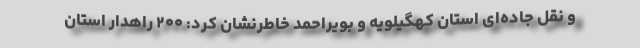
و نقل جاده‌ای استان کهگیلویه و بویراحمد خاطرنشان کرد: ۲۰۰ راهدار استان